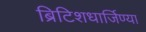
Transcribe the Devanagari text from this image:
ब्रिटिशधार्जिण्या